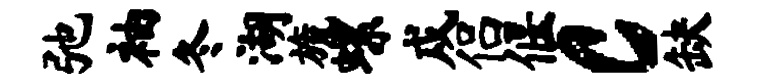
弛袖冬湖旒螺戍侣偃c缺